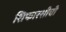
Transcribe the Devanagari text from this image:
शिफारशीची